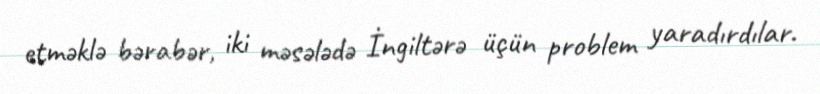
etməklə bərabər, iki məsələdə İngiltərə üçün problem yaradırdılar.